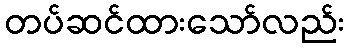
တပ်ဆင်ထားသော်လည်း